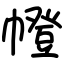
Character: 㡠